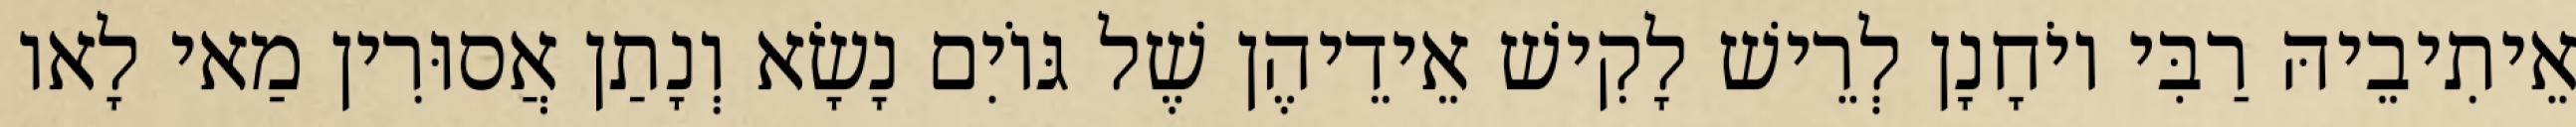
אֵיתִיבֵיהּ רַבִּי יוֹחָנָן לְרֵישׁ לָקִישׁ אֵידֵיהֶן שֶׁל גּוֹיִם נָשָׂא וְנָתַן אֲסוּרִין מַאי לָאו